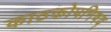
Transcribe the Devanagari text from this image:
काठकोपनिषद्